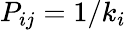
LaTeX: P_{ij}=1/k_{i}